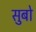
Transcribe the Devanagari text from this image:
सुबो